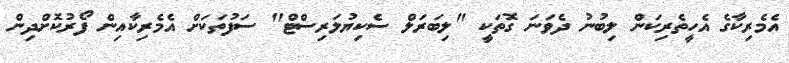
އެމެރިކާގެ އެހީތެރިކަން ލިބުނު ދެވަނަ ގޮތަކީ "ލިބަރަލް ސެކިޔުލަރިސްޓް" ސަފުތަކަށް އެމެރިކާއިން ފޯރުކޮށްދިން